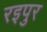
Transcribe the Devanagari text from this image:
रइपुर